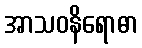
အာသဝနိရောဓာ